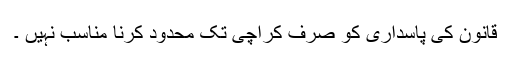
قانون کی پاسداری کو صرف کراچی تک محدود کرنا مناسب نہیں ۔